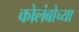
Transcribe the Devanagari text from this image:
कोलंबोच्या